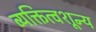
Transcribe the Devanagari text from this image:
व्यक्तित्वशून्य